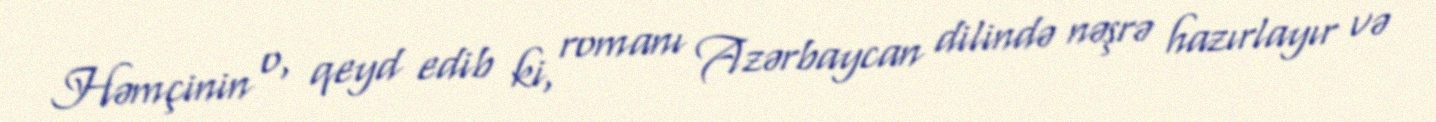
Həmçinin o, qeyd edib ki, romanı Azərbaycan dilində nəşrə hazırlayır və